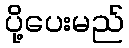
ပို့ပေးမည်